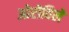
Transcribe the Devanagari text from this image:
ओरोविले